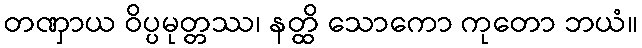
တဏှာယ ဝိပ္ပမုတ္တဿ၊ နတ္ထိ သောကော ကုတော ဘယံ။